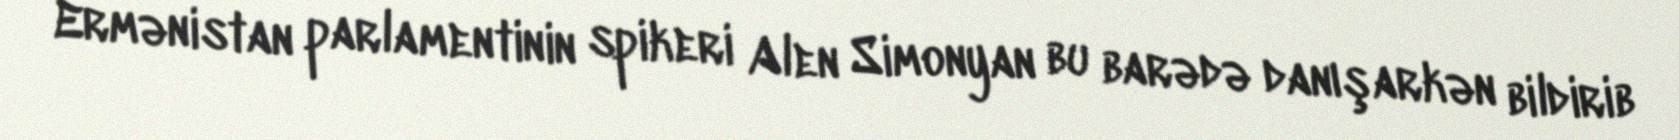
Ermənistan parlamentinin spikeri Alen Simonyan bu barədə danışarkən bildirib